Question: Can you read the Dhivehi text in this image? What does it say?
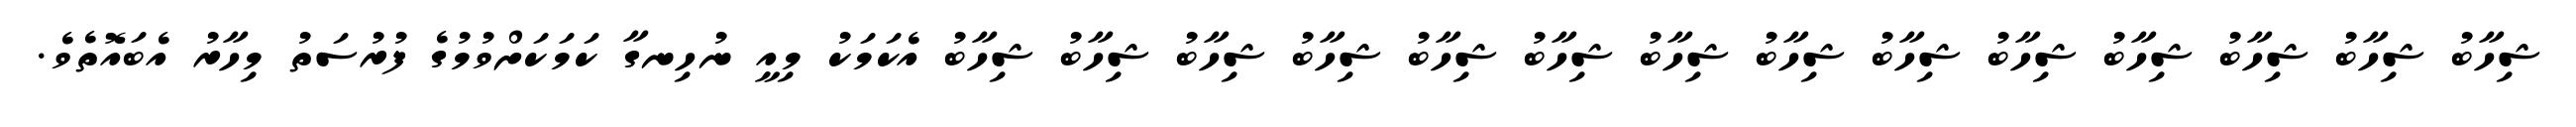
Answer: ޝިހާބު ޝިހާބު ޝިހާބު ޝިހާބު ޝިހާބު ޝިހާބު ޝިހާބު ޝިހާބު ޝިހާބު ޝިހާބު ޝިހާބު ޝިހާބު ޝިހާބު ޝިހާބު އެކަމަކު މިއީ ނުހިނގާ ކަމަކަށްވުމުގެ ފުރުސަތު މިހާރު އެބައޮތެވެ.